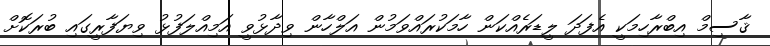
ޤާސިމް އިބްރާހިމަކީ އެފަދަ ލީޑަރެއްކަން ހާމަކުރައްވަމުން އަލްހާން ވިދާޅުވީ އަމިއްލަފުޅު ވިޔަފާރީގައި ބުރަކޮށް